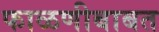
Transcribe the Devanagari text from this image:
फाळणीबाबत